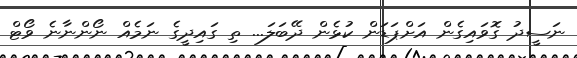
ނަސީދު ގޮވައިގެން އަށްޕަޑަން ކުޅެން ދޭބަލަ... ތި ގައިދީގެ ނަމެއް ނޯންނާނެ ވޯޓް